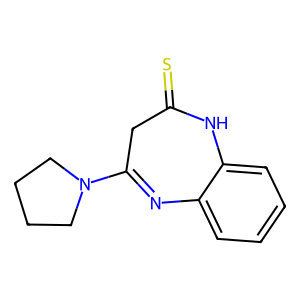
SMILES: S=C1CC(N2CCCC2)=Nc2ccccc2N1
Inhibits HIV replication: No